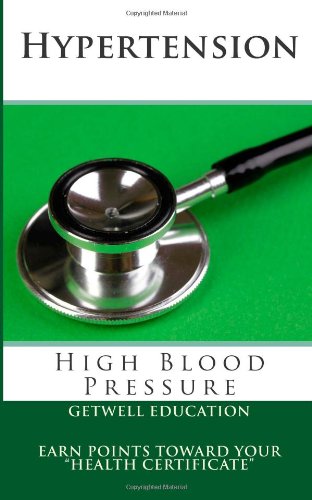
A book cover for Hypertension: High Blood Pressure (Health Series) (Volume 2); GetWell Education; Health, Fitness & Dieting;